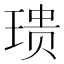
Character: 𪻺